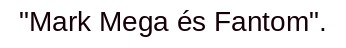
"Mark Mega és Fantom".